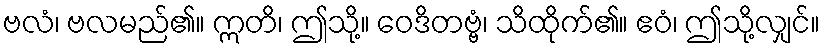
ဗလံ၊ ဗလမည်၏။ ဣတိ၊ ဤသို့။ ဝေဒိတဗ္ဗံ၊ သိထိုက်၏။ ဧဝံ၊ ဤသို့လျှင်။